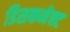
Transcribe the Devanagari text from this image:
डिसकनेक्ट